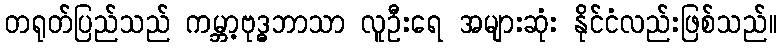
တရုတ်ပြည်သည် ကမ္ဘာ့ဗုဒ္ဓဘာသာ လူဦးရေ အများဆုံး နိုင်ငံလည်းဖြစ်သည်။